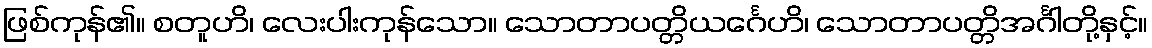
ဖြစ်ကုန်၏။ စတူဟိ၊ လေးပါးကုန်သော။ သောတာပတ္တိယင်္ဂေဟိ၊ သောတာပတ္တိအင်္ဂါတို့နှင့်။